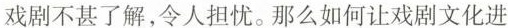
戏剧不甚了解，令人担忧。那么如何让戏剧文化进